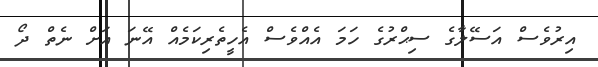
އިރުވެސް އަސޭލާގެ ސިޙްރުގެ ހަމަ އެއްވެސް އެހީތެރިކަމެއް އޭނަ އަށް ނެތް ދޯ